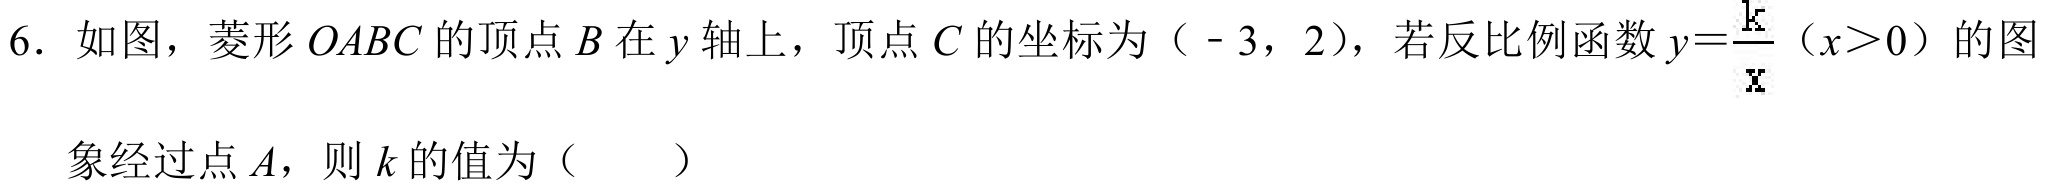
6. 如图，菱形\(OABC\)的顶点\(B\)在\(y\)轴上，顶点\(C\)的坐标为\(( - 3,2)\)，若反比例函数\(y = \dfrac{k}{x}(x>0)\)的图\\
象经过点\(A\)，则\(k\)的值为（  ）